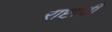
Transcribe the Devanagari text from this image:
राष्टाची